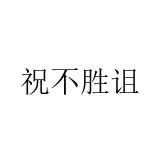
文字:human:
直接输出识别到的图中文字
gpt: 祝不胜诅